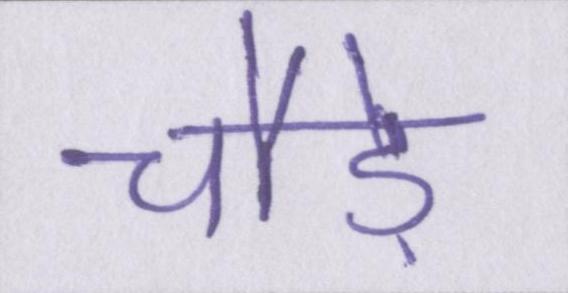
चौड़े